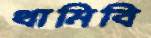
থামিবি